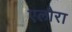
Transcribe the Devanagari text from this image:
एलौरा